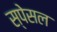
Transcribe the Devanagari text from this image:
स्पेसल